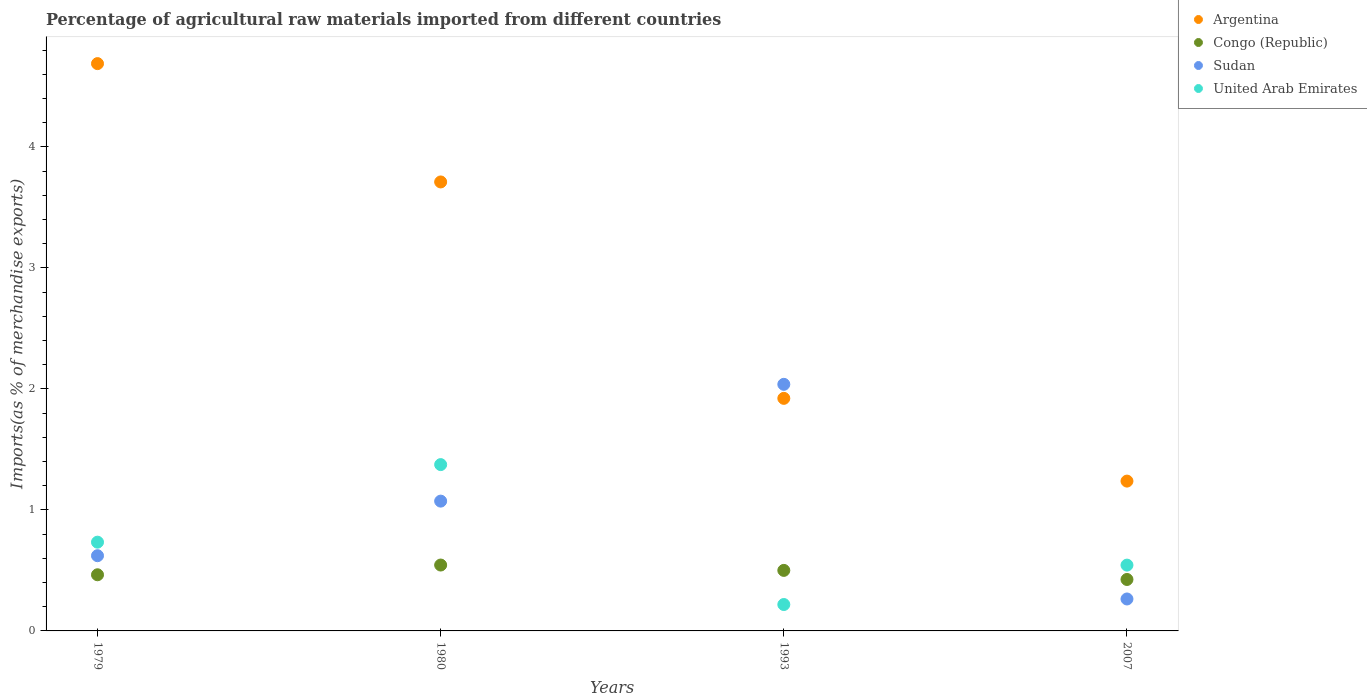
| Years | Argentina | Congo (Republic) | Sudan | United Arab Emirates |
 | --- | --- | --- | --- | --- |
 | 1979 | 4.69 | 0.464 | 0.622 | 0.734 |
 | 1980 | 3.71 | 0.544 | 1.07 | 1.37 |
 | 1993 | 1.92 | 0.5 | 2.04 | 0.218 |
 | 2007 | 1.24 | 0.425 | 0.264 | 0.544 |